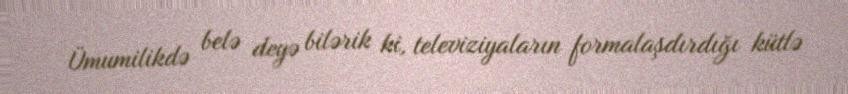
Ümumilikdə belə deyə bilərik ki, televiziyaların formalaşdırdığı kütlə